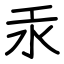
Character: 汞